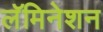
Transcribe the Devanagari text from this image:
लॅमिनेशन